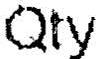
QTY